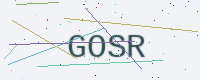
Text: GOSR